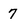
Character: 7